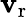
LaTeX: \mathbf{v}_{\mathrm{{r}}}